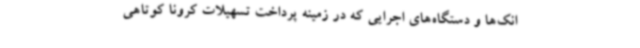
انک‌ها و دستگاه‌های اجرایی که در زمینه پرداخت تسهیلات کرونا کوتاهی